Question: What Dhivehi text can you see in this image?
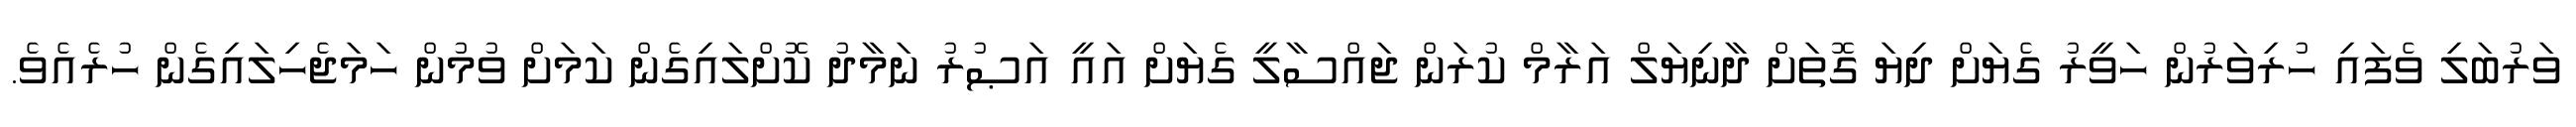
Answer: ވަރުބަލި ވެފައި ހުރިވަރުން ހަވީރު ގެޔަށް ދިޔަ ގޮތަށް ދާނިޔަލް އަރާމް ކުރަން ޖައްސާލީ ގެޔަށް އައީ އަޞުރު ނަމާދު ކޮށްލައިގެން ކަމަށް ވުމުން ހަމަޖެހިލައިގެން ހުރެއެވެ.